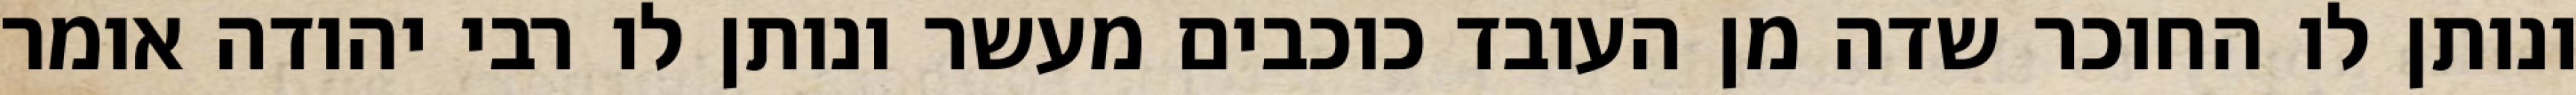
ונותן לו החוכר שדה מן העובד כוכבים מעשר ונותן לו רבי יהודה אומר